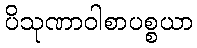
ပိသုဏာဝါစာပစ္စယာ